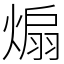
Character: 煽